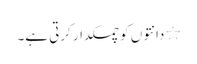
٭ دانتوں کو چمکدار کرتی ہے۔